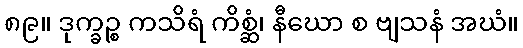
၈၉။ ဒုက္ခဉ္စ ကသိရံ ကိစ္ဆံ၊ နီဃော စ ဗျသနံ အဃံ။